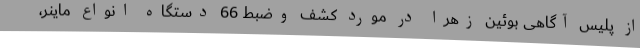
از پلیس آگاهی بوئین زهرا در مورد کشف وضبط 66 دستگاه انواع ماینر،